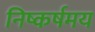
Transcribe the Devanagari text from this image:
निष्कर्षमय